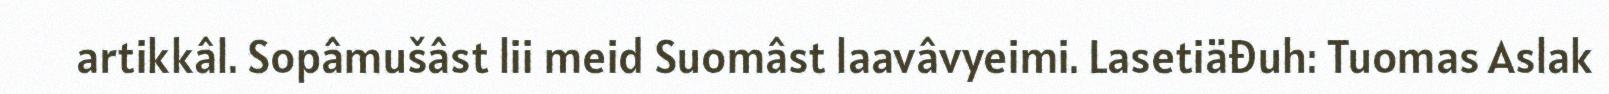
artikkâl. Sopâmušâst lii meid Suomâst laavâvyeimi. Lasetiäđuh: Tuomas Aslak